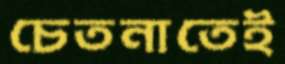
চেতনাতেই